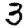
Digit: 3